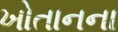
ખોતાનના